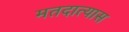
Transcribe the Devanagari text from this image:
मतदात्यास